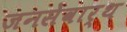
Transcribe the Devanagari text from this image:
जनसेवार्थ